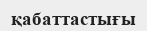
қабаттастығы